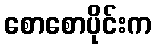
စောစောပိုင်းက